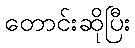
တောင်းဆိုပြီး